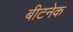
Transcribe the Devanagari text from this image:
बीटनेक